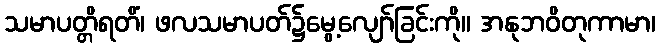
သမာပတ္တိရတိံ၊ ဖလသမာပတ်၌မွေ့လျော်ခြင်းကို။ အနုဘဝိတုကာမာ၊